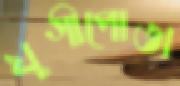
যুগীপোতা